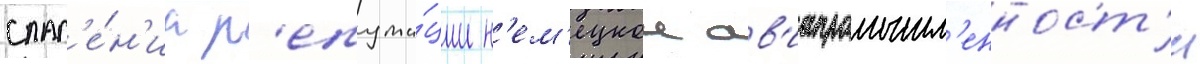
спас'е́н'иа р'епута́ции н'ем'ецкои ав'иапромышл'енност'и